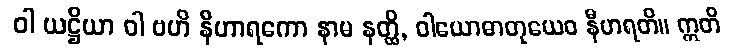
ဝါ ယဋ္ဌိယာ ဝါ ဗဟိ နီဟာရကော နာမ နတ္ထိ, ဝါယောဓာတုယေဝ နီဟရတိ။ ဣတိ